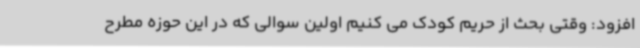
افزود: وقتی بحث از حریم کودک می کنیم اولین سوالی که در این حوزه مطرح